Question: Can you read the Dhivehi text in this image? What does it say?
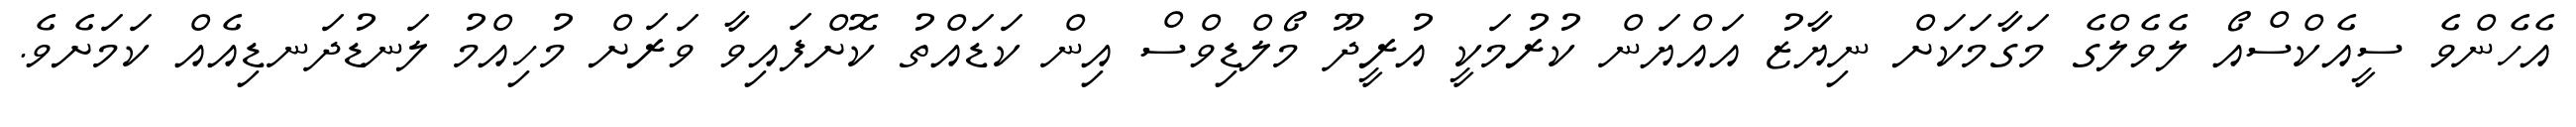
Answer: އެހެންވެ ސީއެކްސްއޯ ލެވެލްގެ މަގާމަކަށް ނިޔާޒު އައްޔަން ކުރުމަކީ އުރީދޫ މޯލްޑިވްސް އިން ކަޑައްތު ކޮށްފައިވާ ވަރަށް މުހިއްމު ލަނޑުދަނޑިއެއް ކަމަށެވެ.